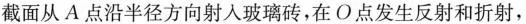
截面从A点沿半径方向射入玻璃砖，在O点发生反射和折射，